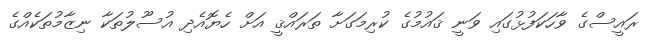
ރައީސްގެ ވާހަކަފުޅުގައި ވަނީ ޤައުމުގެ ކުރިމަގަށާ ތަރައްޤީ އަށް ހެޔޮއެދި އުސޫލުތަކާ ނިޒާމުތަކެއްގެ